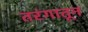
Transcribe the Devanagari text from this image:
तरंगातून